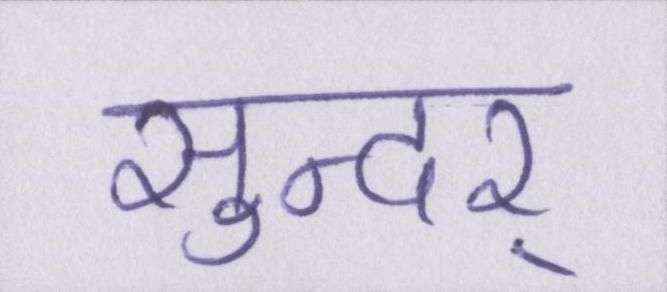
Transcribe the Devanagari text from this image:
सुन्दर्